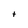
Character: t